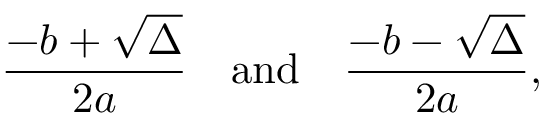
{ \frac { - b + { \sqrt { \Delta } } } { 2 a } } \quad { \mathrm { a n d } } \quad { \frac { - b - { \sqrt { \Delta } } } { 2 a } } ,